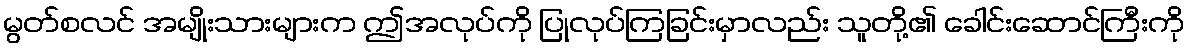
မွတ်စလင် အမျိုးသားများက ဤအလုပ်ကို ပြုလုပ်ကြခြင်းမှာလည်း သူတို့၏ ခေါင်းဆောင်ကြီးကို